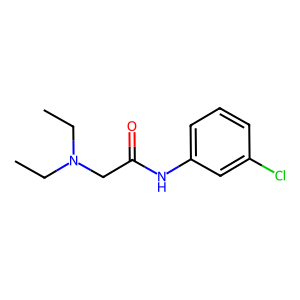
SMILES: CCN(CC)CC(=O)Nc1cccc(Cl)c1
Inhibits HIV replication: No